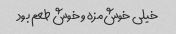
خیلی خوش‌مزه و خوش طعم بود